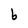
Character: b